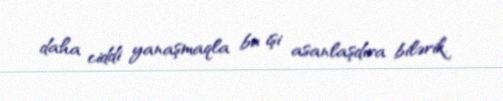
daha ciddi yanaşmaqla bu işi asanlaşdıra bilərik.